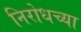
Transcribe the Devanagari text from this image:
निरोधच्या